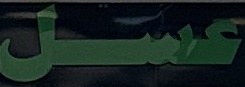
عسل